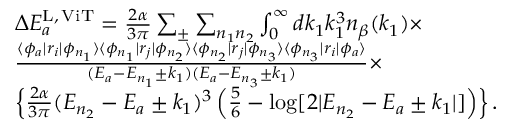
\begin{array} { r l } & { \Delta E _ { a } ^ { \mathrm { L , \, V i T } } = \frac { 2 \alpha } { 3 \pi } \sum _ { \pm } \sum _ { n _ { 1 } n _ { 2 } } \int _ { 0 } ^ { \infty } d k _ { 1 } k _ { 1 } ^ { 3 } n _ { \beta } ( k _ { 1 } ) \times } \\ & { \frac { \langle \phi _ { a } | r _ { i } | \phi _ { n _ { 1 } } \rangle \langle \phi _ { n _ { 1 } } | r _ { j } | \phi _ { n _ { 2 } } \rangle \langle \phi _ { n _ { 2 } } | r _ { j } | \phi _ { n _ { 3 } } \rangle \langle \phi _ { n _ { 3 } } | r _ { i } | \phi _ { a } \rangle } { ( E _ { a } - E _ { n _ { 1 } } \pm k _ { 1 } ) ( E _ { a } - E _ { n _ { 3 } } \pm k _ { 1 } ) } \times } \\ & { \left\lbrace \frac { 2 \alpha } { 3 \pi } ( E _ { n _ { 2 } } - E _ { a } \pm k _ { 1 } ) ^ { 3 } \left( \frac { 5 } { 6 } - \log [ 2 | E _ { n _ { 2 } } - E _ { a } \pm k _ { 1 } | ] \right) \right\rbrace . } \end{array}